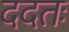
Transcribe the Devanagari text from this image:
ददतः